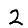
Digit: 2